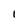
Character: l